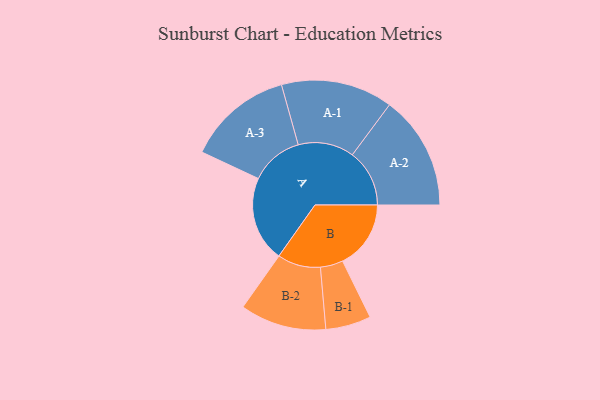
{"axis": {"x": "Segment", "y": "Value"}, "legend": ["", "A", "B"], "data": [{"x": "A", "y": 414, "type": ""}, {"x": "B", "y": 331, "type": ""}, {"x": "A-1", "y": 271, "type": "A"}, {"x": "A-2", "y": 277, "type": "A"}, {"x": "A-3", "y": 256, "type": "A"}, {"x": "B-1", "y": 110, "type": "B"}, {"x": "B-2", "y": 209, "type": "B"}]}